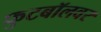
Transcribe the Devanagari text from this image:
फुटबॉलवर